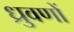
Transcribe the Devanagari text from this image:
ध्रुवणों